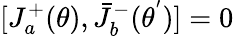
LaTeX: [J_{a}^{+}(\theta),{\bar{J}}_{b}^{-}({\theta}^{'})]=0